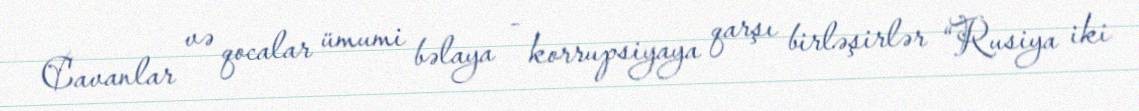
Cavanlar və qocalar ümumi bəlaya - korrupsiyaya qarşı birləşirlər “Rusiya iki